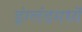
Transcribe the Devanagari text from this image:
इंग्लंडमध्यें